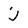
Character: j